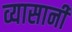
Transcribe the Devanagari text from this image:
व्यासानी